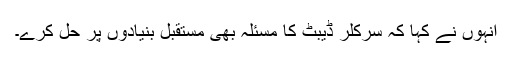
انہوں نے کہا کہ سرکلر ڈیبٹ کا مسئلہ بھی مستقبل بنیادوں پر حل کرے۔